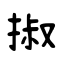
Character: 掓